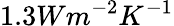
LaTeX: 1.3Wm^{-2}K^{-1}